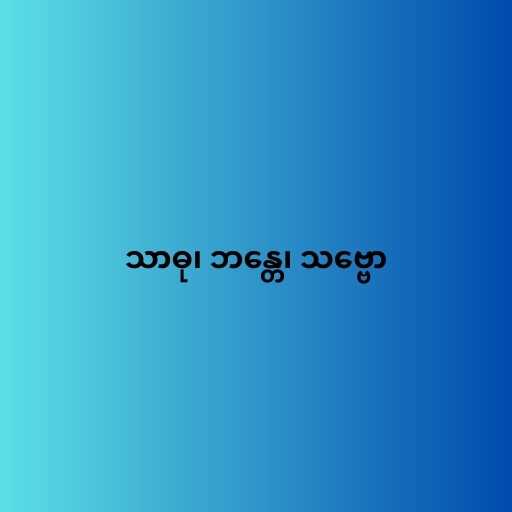
သာဓု၊ ဘန္တေ၊ သဗ္ဗော